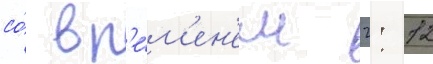
со́ вр'е́м'ен'ем 2: 12